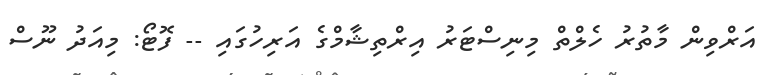
އަރްވިން މާތުރު ހެލްތް މިނިސްޓަރު އިރްތިޝާމްގެ އަރިހުގައި -- ފޮޓޯ: މިއަދު ނޫސް